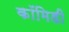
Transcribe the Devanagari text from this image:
कॉमिडी